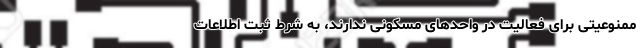
ممنوعیتی برای فعالیت در واحدهای مسکونی ندارند، به شرط ثبت اطلاعات